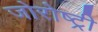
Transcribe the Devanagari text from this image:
जोरोष्ट्री